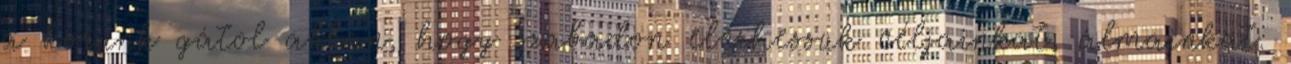
a korunk gátol abban, hogy szabadon elérhessük céljainkat, álmainkat.